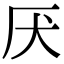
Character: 厌